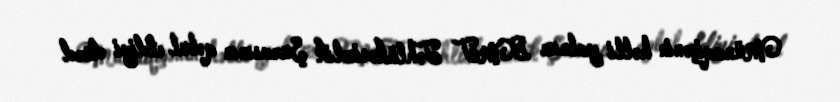
Münaqişənin həlli yalnız BMT Təhlükəsizlik Şurasının qəbul etdiyi dörd